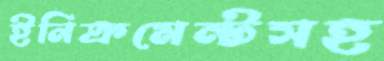
ইনিক্রমেন্টসহ